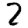
Digit: 2